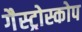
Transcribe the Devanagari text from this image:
गैस्ट्रोस्कोप